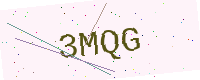
Text: 3MQG